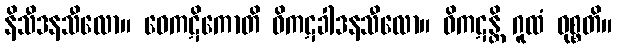
နိသီဒနသီလော။ ဝေကဋိကောတိ ဝိကဋခါဒနသီလော။ ဝိကဋန္တိ ဂူထံ ဝုစ္စတိ။